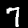
Digit: 7